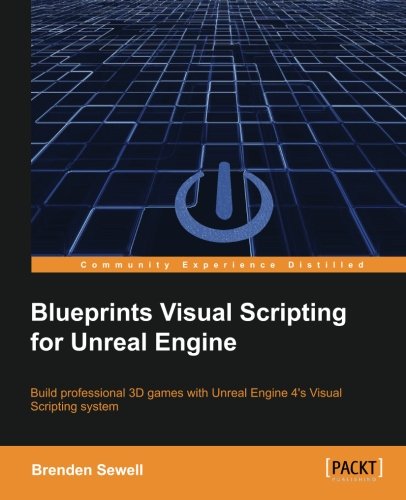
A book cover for Blueprints Visual Scripting for Unreal Engine; Brenden Sewell; Science Fiction & Fantasy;